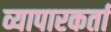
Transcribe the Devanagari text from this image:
व्यापारकर्ता